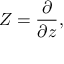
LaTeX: Z = { \frac { \partial } { \partial z } } ,